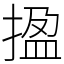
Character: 㨕